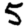
Digit: 5